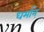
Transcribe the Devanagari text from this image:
धर्मान्